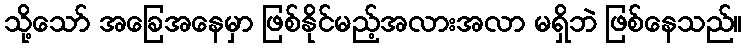
သို့သော် အခြေအနေမှာ ဖြစ်နိုင်မည့်အလားအလာ မရှိဘဲ ဖြစ်နေသည်။